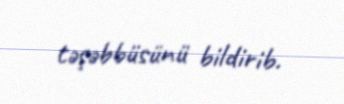
təşəbbüsünü bildirib.